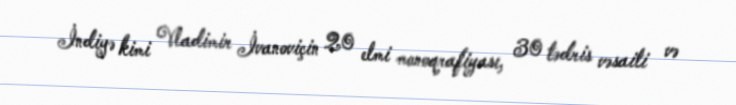
İndiyə kimi Vladimir İvanoviçin 20 elmi monoqrafiyası, 30 tədris vəsaiti və